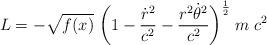
LaTeX: \begin{align*}L = - \sqrt{f(x)}\; \biggl( 1- {\dot r^2 \over c^2} -{r^2\dot\theta^2 \over c^2} \biggr)^{1\over 2 }\; m\; c^2\end{align*}